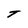
Character: t